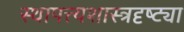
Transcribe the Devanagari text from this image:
स्थापत्त्यशास्त्रदृष्ट्या